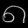
Digit: ၈